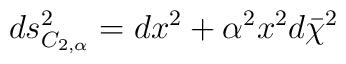
ds^2_{C_{2,\alpha}}=dx^2+\alpha^2x^2d\bar{\chi}^2